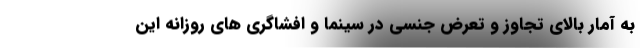
به آمار بالای تجاوز و تعرض جنسی در سینما و افشاگری های روزانه این